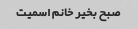
صبح بخیر خانم اسمیت